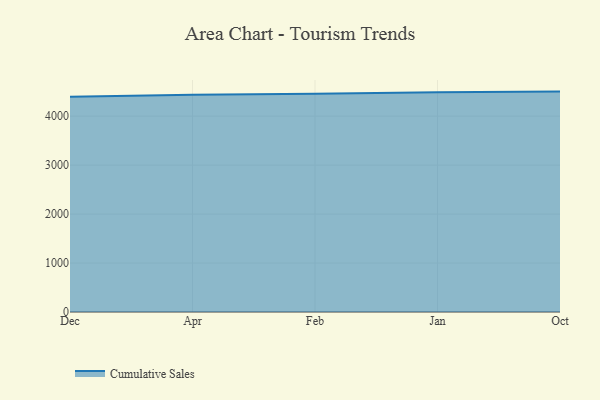
{"axis": {"x": "Month", "y": "Waste Production (Tons)"}, "legend": ["Cumulative Sales"], "data": [{"x": "Dec", "y": 4397.9, "type": "Cumulative Sales"}, {"x": "Apr", "y": 4439.6, "type": "Cumulative Sales"}, {"x": "Feb", "y": 4458.6, "type": "Cumulative Sales"}, {"x": "Jan", "y": 4489.9, "type": "Cumulative Sales"}, {"x": "Oct", "y": 4501.4, "type": "Cumulative Sales"}]}